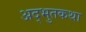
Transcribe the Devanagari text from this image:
अद्भुतकथा